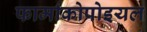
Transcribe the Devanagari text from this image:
फार्माकोपोइयल